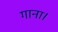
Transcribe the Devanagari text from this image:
गाना।